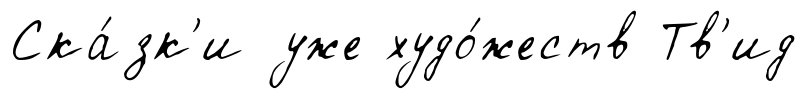
Ска́зк'и уже худо́жеств Тв'ид